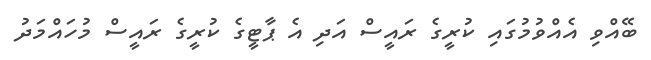
ބޭއްވި އެއްވުމުގައި ކުރީގެ ރައީސް އަދި އެ ޕާޓީގެ ކުރީގެ ރައީސް މުހައްމަދު